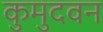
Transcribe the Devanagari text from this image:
कुमुदवन